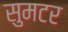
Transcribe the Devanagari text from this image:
सुमटर